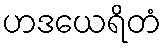
ဟဒယေရိတံ